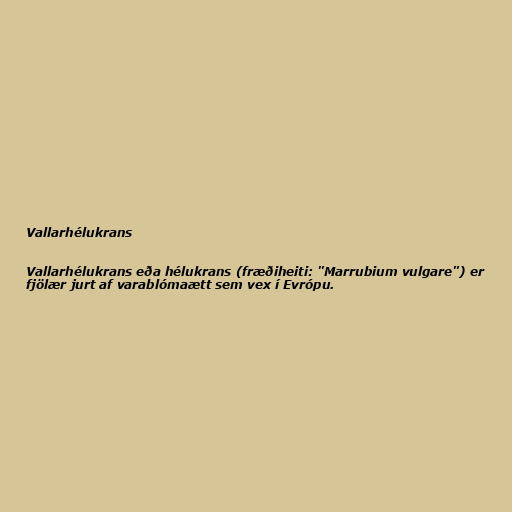
Vallarhélukrans

Vallarhélukrans eða hélukrans (fræðiheiti: "Marrubium vulgare") er
fjölær jurt af varablómaætt sem vex í Evrópu.